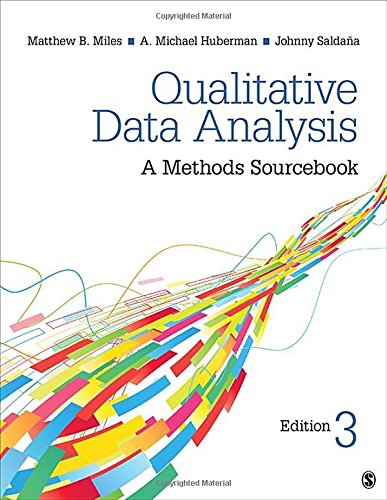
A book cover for Qualitative Data Analysis: A Methods Sourcebook; Matthew B. Miles; Science & Math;